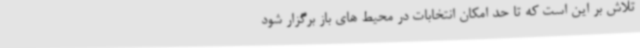
تلاش بر این است که تا حد امکان انتخابات در محیط های باز برگزار شود